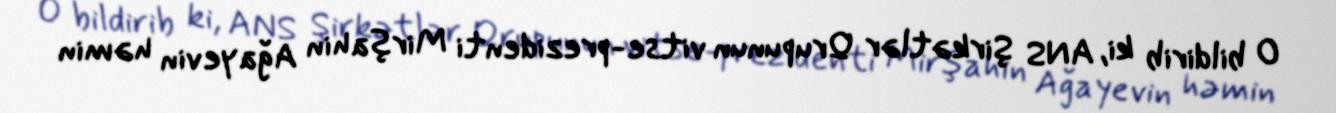
O bildirib ki, ANS Şirkətlər Qrupunun vitse-prezidenti Mirşahin Ağayevin həmin